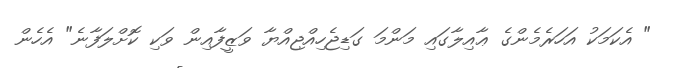
" އެކަމަކު އަހަރެމެންގެ ޢާއިލާގައި މަންމަ ގަޑިޖެހިއްޖިއްޔާ ވަޒީފާއިން ވަކި ކޮށްލަފާނެ" އެހެން